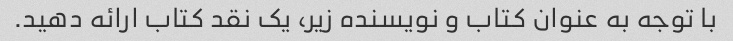
با توجه به عنوان کتاب و نویسنده زیر، یک نقد کتاب ارائه دهید.